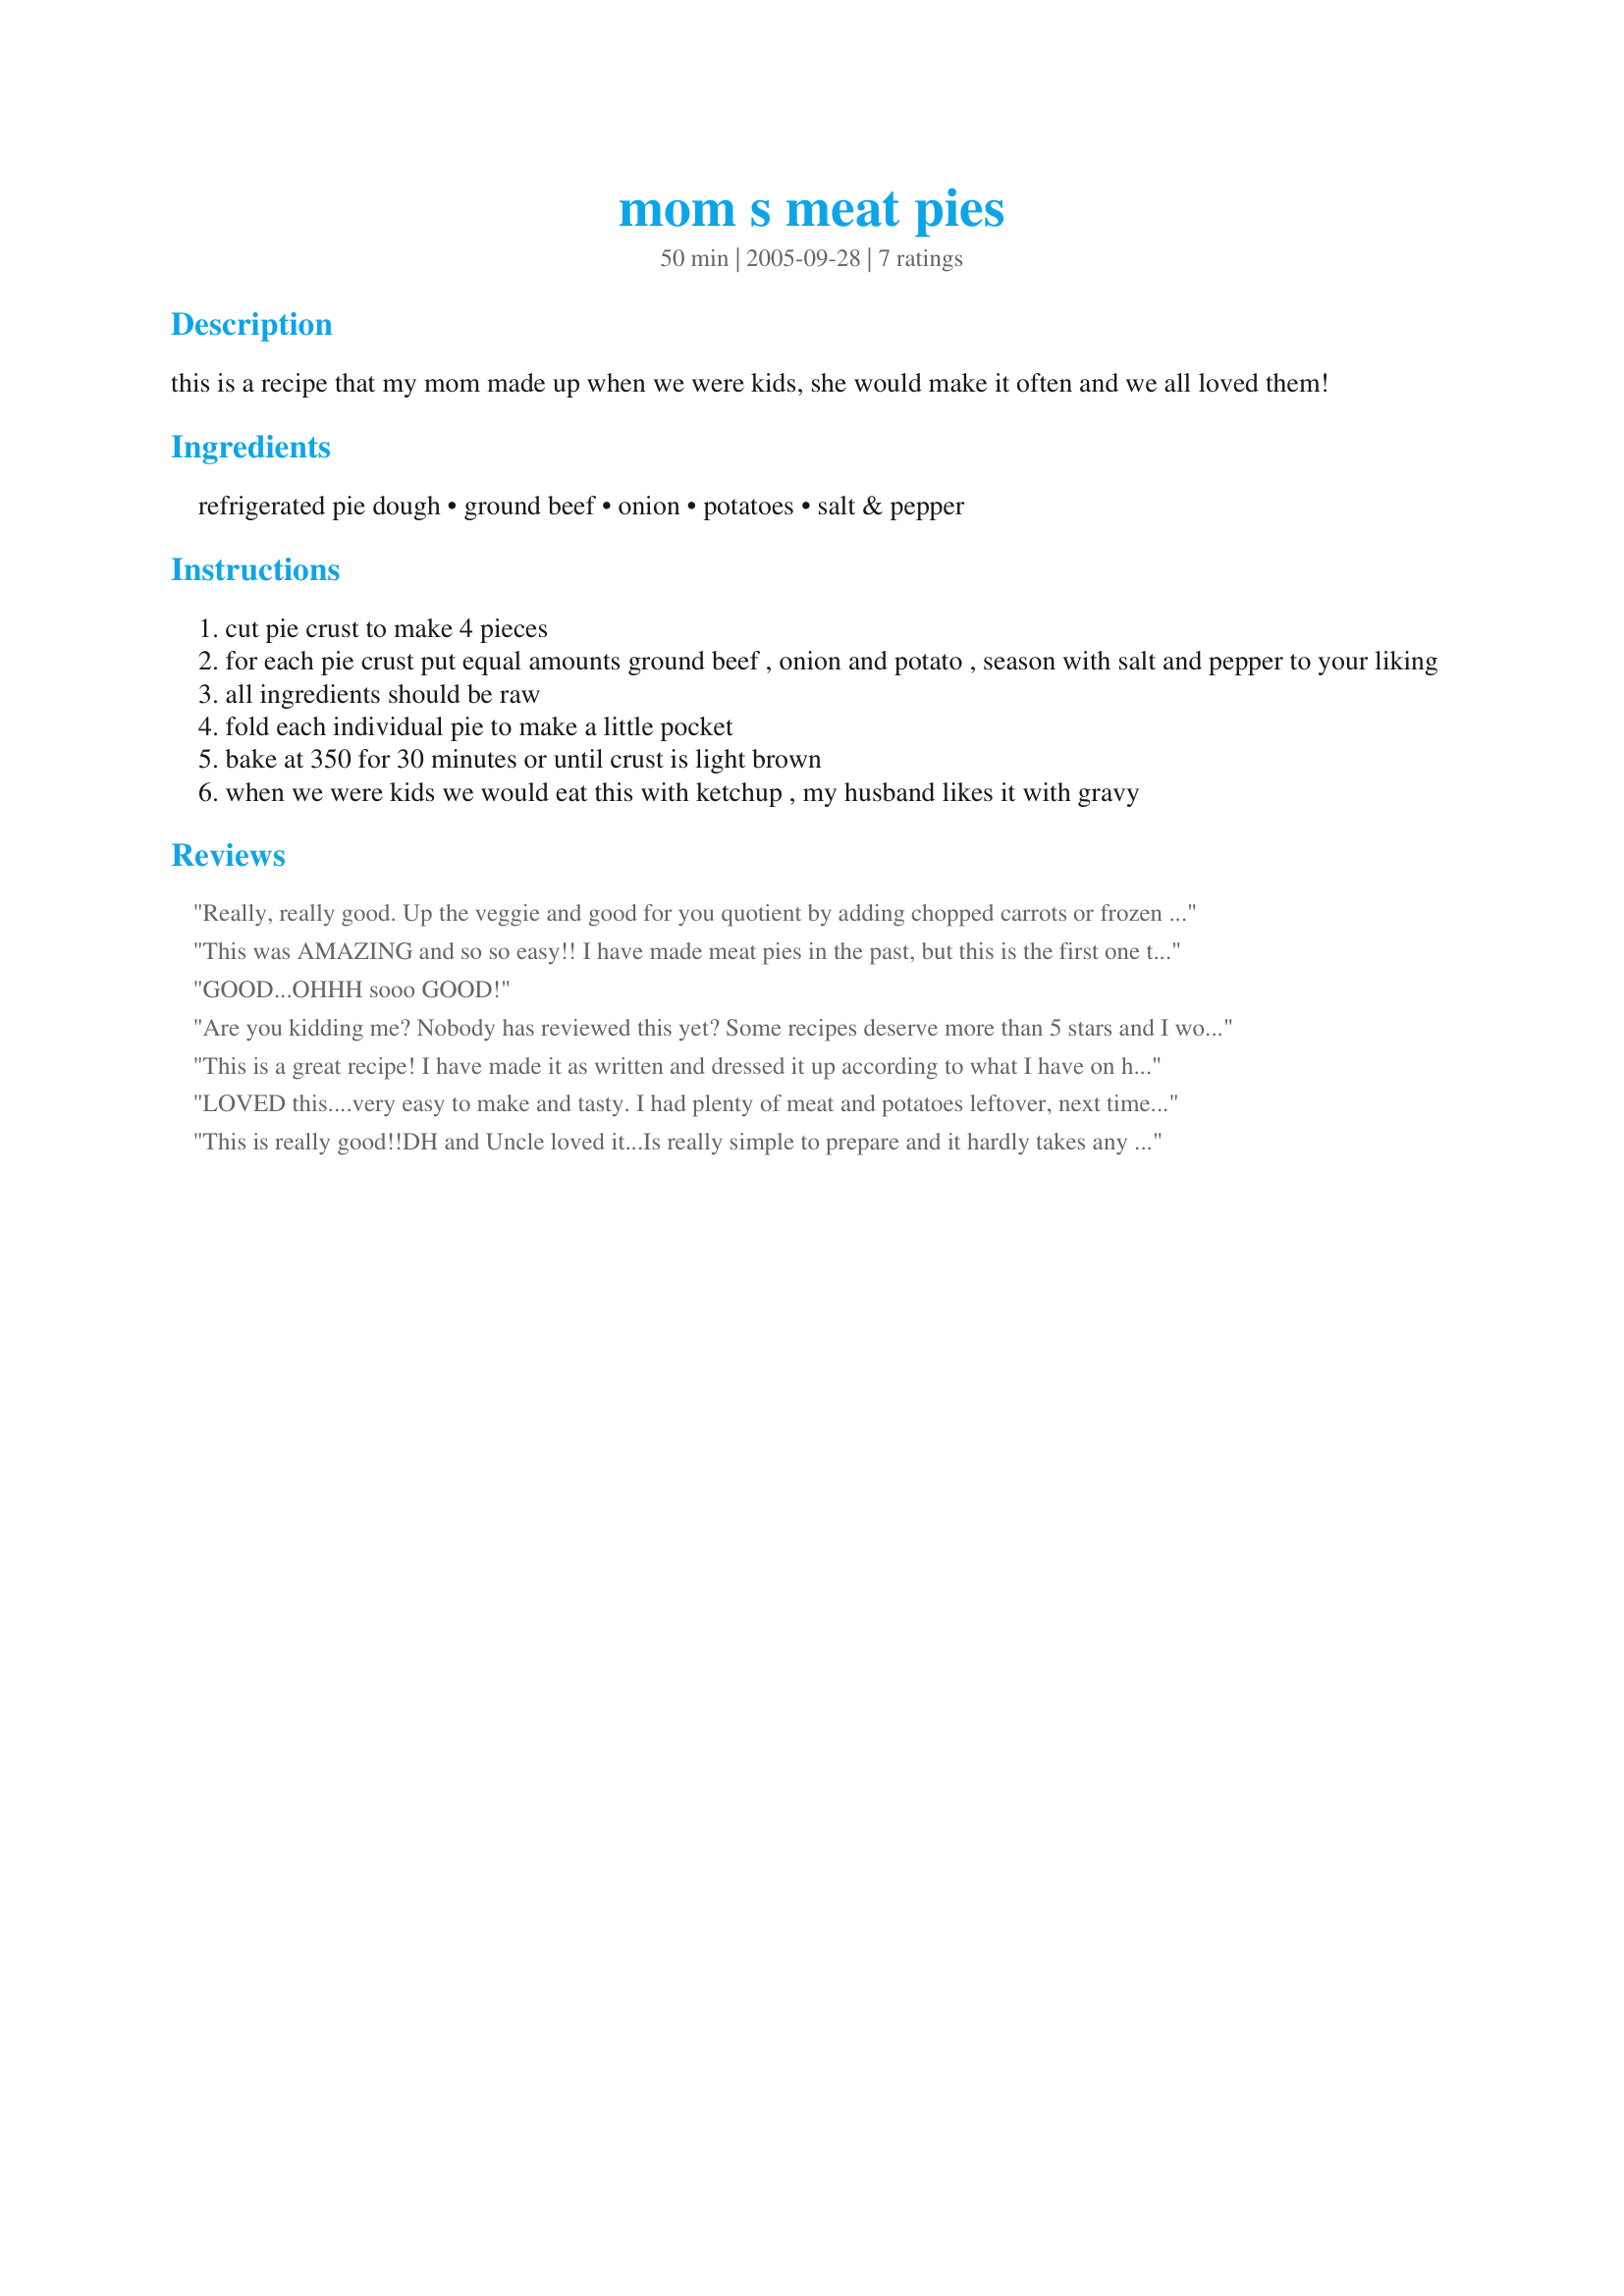
mom s meat pies
Preparation time: 50 minutes

this is a recipe that my mom made up when we were kids, she would make it often and we all loved them!

Ingredients:
refrigerated pie dough, ground beef, onion, potatoes, salt & pepper

Steps:
cut pie crust to make 4 pieces
for each pie crust put equal amounts ground beef , onion and potato , season with salt and pepper to your liking
all ingredients should be raw
fold each individual pie to make a little pocket
bake at 350 for 30 minutes or until crust is light brown
when we were kids we would eat this with ketchup , my husband likes it with gravy

Reviews:
Really, really good. Up the veggie and good for you quotient by adding chopped carrots or frozen peas. I realize some kids won't eat veggies, but disguised in this, they will. Really excellent. P
This was AMAZING and so so easy!! I have made meat pies in the past, but this is the first one that allows all ingredients to go in RAW - woo hoo! So nice and fast!<br/>I cooked them at 400 degrees for 30 minutes and they were delicious - thanks so much for a great recipe!
GOOD...OHHH sooo GOOD!
Are you kidding me? Nobody has reviewed this yet? Some recipes deserve more than 5 stars and I would give this one more if it were possible. I was put out that St. Paddy's Day landed on a Friday this year, since Friday is our Nieghbor Get-Together night when we have "finger foods." Corned Beef & Cabbage doesn't work, so I decided to try and replicate something from an Irish restaurant we love called Forfar Bridies. I served these with a Country Gravy for dipping (not needed at all), and they were fabulous! I can now rival our Irish restaurant thanks to Brandon's Mommy...and HER Mommy! Thanks so much for a keeper recipe that I will use again and again!
This is a great recipe! I have made it as written and dressed it up according to what I have on hand. This is family friendly and good to make ahead then pop into oven before picking everyone up from various activities and practices. Thank you!
LOVED this....very easy to make and tasty. I had plenty of meat and potatoes leftover, next time I'll get more pie crusts. Picky eater husband has given permission for me to make this again! Very good!
This is really good!!DH and Uncle loved it...Is really simple to prepare and it hardly takes any time if you don't have to make your own pie crust. The only change I did was used seasoning salt instead of normal salt.
